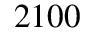
2 1 0 0